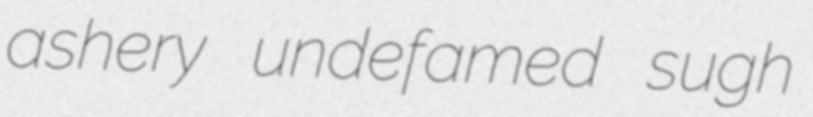
ashery undefamed sugh